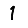
Digit: 1